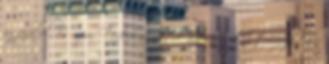
igazából, és nem Federiconak, de ha megölni tervezel, oly